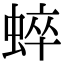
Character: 蜶